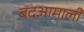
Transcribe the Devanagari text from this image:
बदआमाली